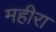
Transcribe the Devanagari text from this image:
महीरा